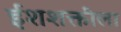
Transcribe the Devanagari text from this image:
ईशशक्तीला